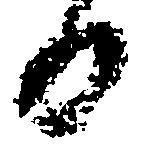
日